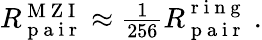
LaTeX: \begin{array}{r}{R_{\mathrm{~p~a~i~r~}}^{\mathrm{~M~Z~I~}}\approx\frac{1}{256}R_{\mathrm{~p~a~i~r~}}^{\mathrm{~r~i~n~g~}}\ .}\end{array}